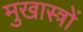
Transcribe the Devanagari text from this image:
मुखास्त्रों